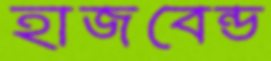
হাজবেন্ড